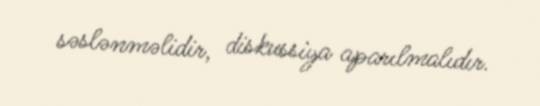
səslənməlidir, diskussiya aparılmalıdır.